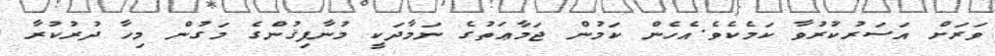
ވަރަށް އަސަރުކުރުވާ ކަމެކެވެ.އެހެން ކަމުން ޖަމާޢަތުގެ ނަމާދަކީ މުނާފިޤުންގެ މަގުން މިހާ ދުރުކުރާ